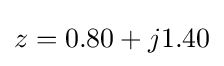
z=0.80+j1.40